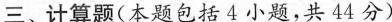
三、计算题(本题包括4小题，共44分)